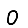
Digit: 0